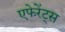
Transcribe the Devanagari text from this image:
एफेरेंट्स